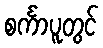
စင်္ကာပူတွင်